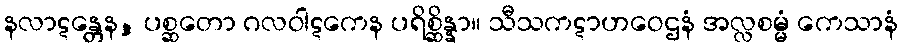
နလာဋန္တေန, ပစ္ဆတော ဂလဝါဋကေန ပရိစ္ဆိန္နာ။ သီသကဋာဟဝေဌနံ အလ္လစမ္မံ ကေသာနံ